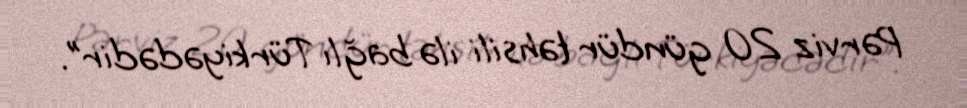
Pərviz 20 gündür təhsili ilə bağlı Türkiyədədir”.